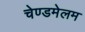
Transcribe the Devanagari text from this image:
चेण्डमेलम